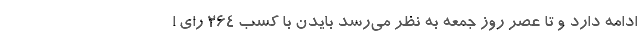
ادامه دارد و تا عصر روز جمعه به نظر می‌رسد بایدن با کسب ۲۶۴ رای ا